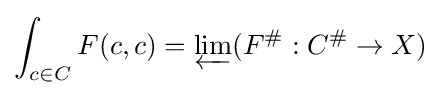
\int _{c\in C}F(c,c)=\varprojlim (F^{\#}:C^{\#}\to X)